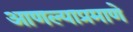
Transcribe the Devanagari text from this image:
आणल्याप्रमाणे